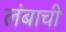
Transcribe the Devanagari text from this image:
लंबाची